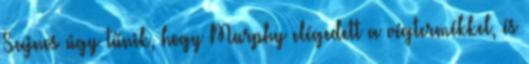
Sajnos úgy tűnik, hogy Murphy elégedett a végtermékkel, és